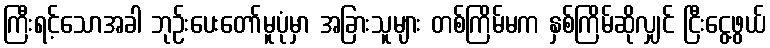
ကြီးရင့်သောအခါ ဘုဉ်းပေးတော်မူပုံမှာ အခြားသူများ တစ်ကြိမ်မက နှစ်ကြိမ်ဆိုလျှင် ငြီးငွေ့ဖွယ်